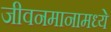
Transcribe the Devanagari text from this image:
जीवनमानामध्ये